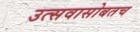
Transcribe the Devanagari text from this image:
उत्सवासोबतच